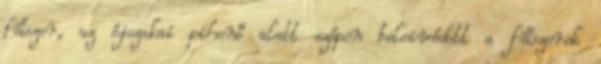
fűszer, az éjszakai pihenő alatt szépen beleivódott a fűszerek